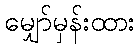
မျှော်မှန်းထား